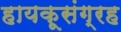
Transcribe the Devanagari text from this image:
हायकूसंग्रह